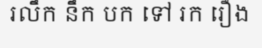
រលឹក នឹក បក ទៅ រក រឿង